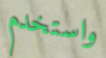
واستخدم